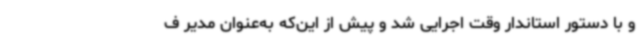
و با دستور استاندار وقت اجرایی شد و پیش از این‌که به‌عنوان مدیر ف